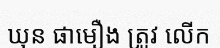
ឃុន ផាមឿង ត្រូវ លើក